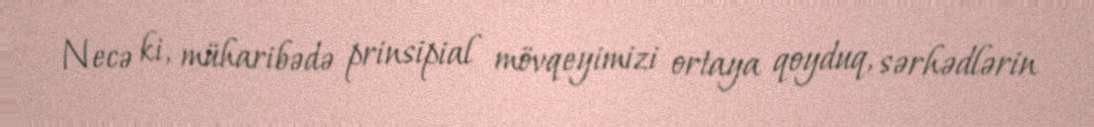
Necə ki, müharibədə prinsipial mövqeyimizi ortaya qoyduq, sərhədlərin